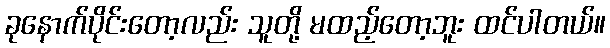
ခုနောက်ပိုင်းတော့လည်း သူတို့ မထည့်တော့ဘူး ထင်ပါတယ်။